Civil Veterinary Department Bihar & Orissa reports 1929-36 - 1929-1936
Year: 1929
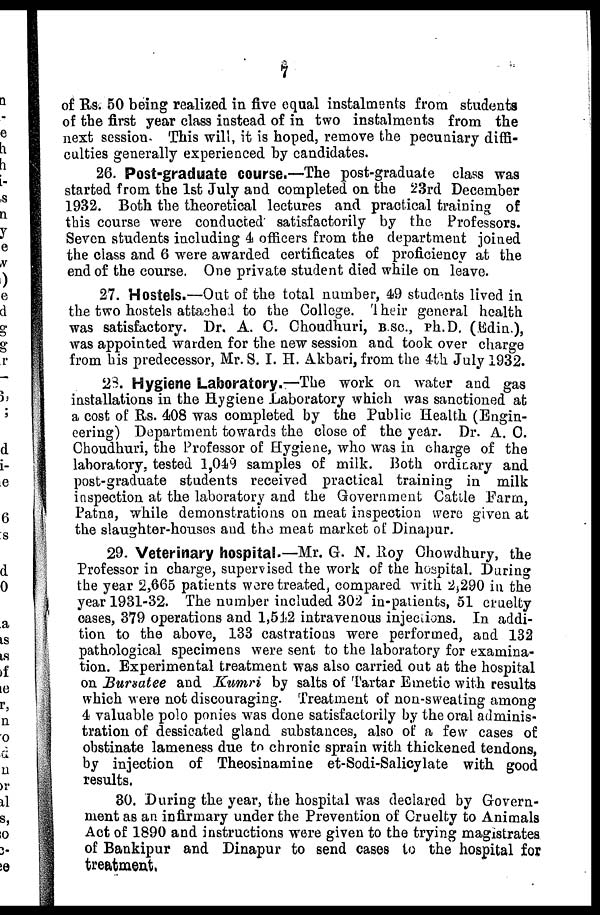
7
of Rs. 50 being realized in five equal instalments from students
of the first year class instead of in two instalments from the
next session. This will, it is hoped, remove the pecuniary diffi-
culties generally experienced by candidates.
26. Post-graduate course.—The post-graduate class was
started from the 1st July and completed on the 23rd December
1932. Both the theoretical lectures and practical training of
this course were conducted satisfactorily by the Professors.
Seven students including 4 officers from the department joined
the class and 6 were awarded certificates of proficiency at the
end of the course. One private student died while on leave.
27. Hostels.—Out of the total number, 49 students lived in
the two hostels attached to the College. Their general health
was satisfactory. Dr. A. C. Choudhuri, B.SC, Ph.D. (Edin),
was appointed warden for the new session and took over charge
from his predecessor, Mr. S. I. H. Akbari, from the 4th July 1932.
23. Hygiene Laboratory.—The work on water and gas
installations in the Hygiene Laboratory which was sanctioned at
a cost of Rs. 408 was completed by the Public Health (Engin-
eering) Department towards the close of the year. Dr. A. C.
Choudhuri, the Professor of Hygiene, who was in charge of the
laboratory, tested 1,049 samples of milk. Both ordinary and
post-graduate students received practical training in milk
inspection at the laboratory and the Government Cattle Farm,
Patna, while demonstrations on meat inspection were given at
the slaughter-houses and the meat market of Dinapur.
29. Veterinary hospital.—Mr. G. N. Roy Chowdhury, the
Professor in charge, supervised the work of the hospital. During
the year 2,665 patients were treated, compared with 2,290 in the
year 1931-32. The number included 302 in-patients, 51 cruelty
cases, 379 operations and 1,512 intravenous injections. In addi-
tion to the above, 133 castrations were performed, and 132
pathological specimens were sent to the laboratory for examina-
tion. Experimental treatment was also carried out at the hospital
on Bursatee and Kumri by salts of Tartar Emetic with results
which were not discouraging. Treatment of non-sweating among
4 valuable polo ponies was done satisfactorily by the oral adminis-
tration of dessicated gland substances, also of a few cases of
obstinate lameness due to chronic sprain with thickened tendons,
by injection of Theosinamine et-Sodi-Salicylate with good
results.
30. During the year, the hospital was declared by Govern-
ment as an infirmary under the Prevention of Cruelty to Animals
Act of 1890 and instructions were given to the trying magistrates
of Bankipur and Dinapur to send cases to the hospital for
treatment.